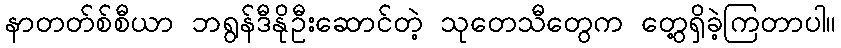
နာတတ်စ်စီယာ ဘရွန်ဒီနိုဦးဆောင်တဲ့ သုတေသီတွေက တွေ့ရှိခဲ့ကြတာပါ။